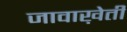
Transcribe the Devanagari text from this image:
जावाख़ेती